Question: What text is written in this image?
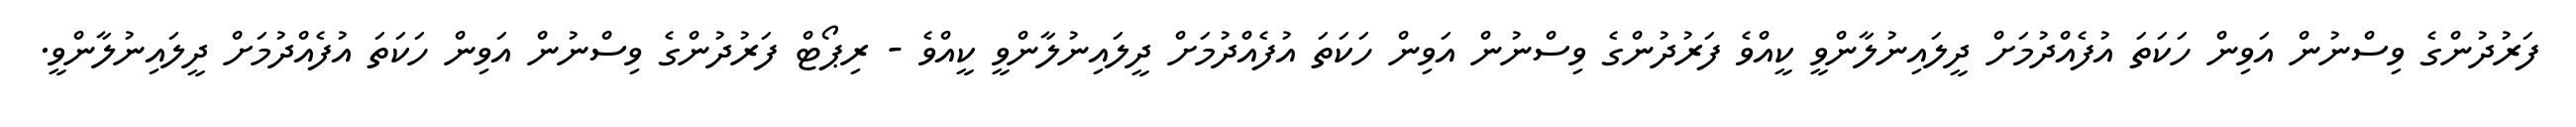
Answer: ފަރުދުންގެ ވިސްނުން އަވިން ހަކަތަ އުފެއްދުމަށް ދީލައިނުލާންވީ ކީއްވެ ފަރުދުންގެ ވިސްނުން އަވިން ހަކަތަ އުފެއްދުމަށް ދީލައިނުލާންވީ ކީއްވެ - ރިޕޯޓް ފަރުދުންގެ ވިސްނުން އަވިން ހަކަތަ އުފެއްދުމަށް ދީލައިނުލާންވީ.